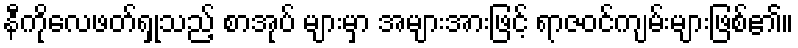
နီကိုလေဖတ်ရှုသည့် စာအုပ် များမှာ အများအားဖြင့် ရာဇဝင်ကျမ်းများဖြစ်၏။